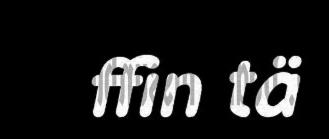
ffin tä